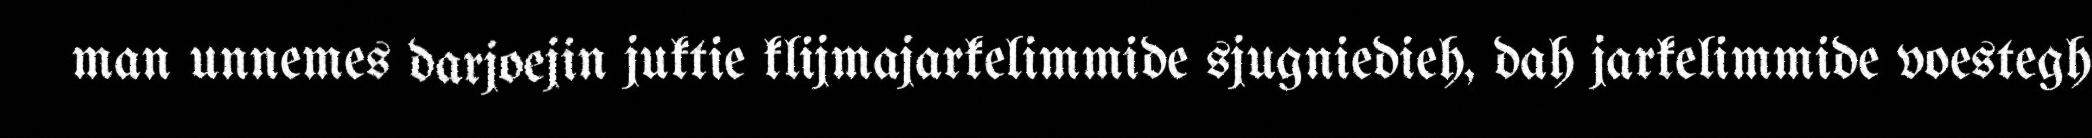
man unnemes darjoejin juktie klijmajarkelimmide sjugniedieh, dah jarkelimmide voestegh